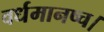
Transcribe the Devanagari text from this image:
वर्धमानष्च।